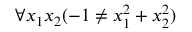
\forall x _ { 1 } x _ { 2 } ( - 1 \neq x _ { 1 } ^ { 2 } + x _ { 2 } ^ { 2 } )